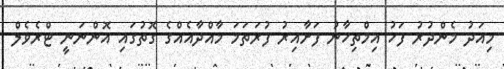
މިއަދު މެންދުރު ފަހު އިމްތިހާނު ފަށާއިރު ފުރަތަމަ މާއްދާއެއްގެ ގޮތުގައި އޮންނަނީ ޓްރެވެލް